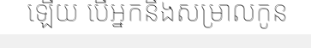
ឡើយ បើអ្នកនឹងសម្រាលកូន